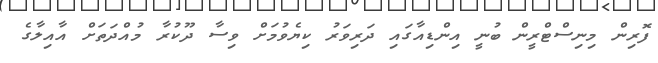
ފޮރިން މިނިސްޓްރީން ބުނީ އިންޑިއާގައި ދަރިވަރު ކިޔެވުމަށް ވިސާ ދޫކުރާ މުއްދަތަށް އާއިލާގެ